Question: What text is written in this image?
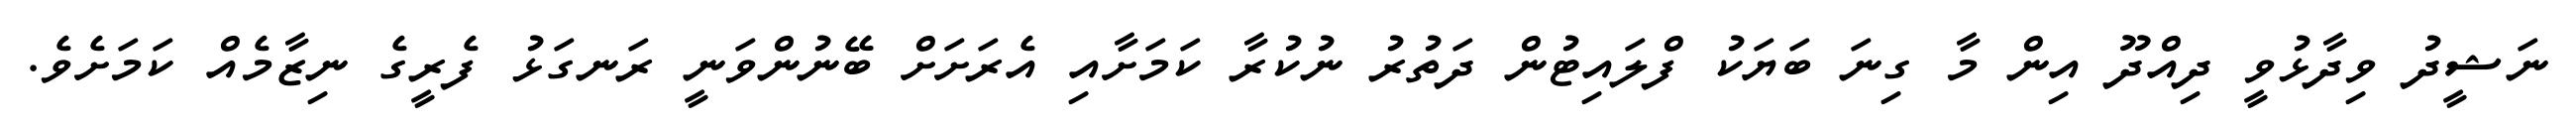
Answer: ނަޝީދު ވިދާޅުވީ ދިއްދޫ އިން މާ ގިނަ ބަޔަކު ފްލައިޓުން ދަތުރު ނުކުރާ ކަމަށާއި އެރަށަށް ބޭނުންވަނީ ރަނގަޅު ފެރީގެ ނިޒާމެއް ކަމަށެވެ.